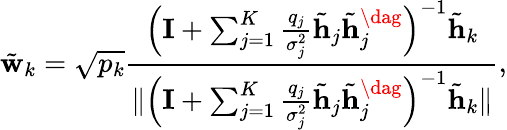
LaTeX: \tilde{\mathbf w}_{k}=\sqrt{p_{k}}\frac{\left({\mathbf I}+\sum_{j=1}^{K}\frac{q_{j}}{\sigma_{j}^{2}}\tilde{\mathbf h}_{j}\tilde{\mathbf h}_{j}^{\dag}\right)^{-1}\tilde{\mathbf h}_{k}}{\| \left({\mathbf I}+\sum_{j=1}^{K}\frac{q_{j}}{\sigma_{j}^{2}}\tilde{\mathbf h}_{j}\tilde{\mathbf h}_{j}^{\dag}\right)^{-1}\tilde{\mathbf h}_{k}\| },